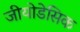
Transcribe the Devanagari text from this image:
जीयोडेसिक